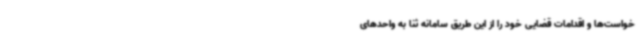
خواست‌ها و اقدامات قضایی خود را از این طریق سامانه ثنا به واحدهای